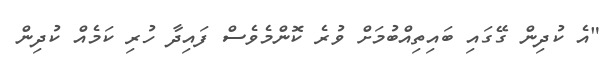
"އެ ކުދިން ގޭގައި ބައިތިއްބުމަށް ވުރެ ކޮންމެވެސް ފައިދާ ހުރި ކަމެއް ކުދިން